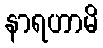
နာရဟာမိ